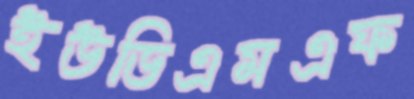
ইউডিএমএফ